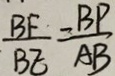
\frac { B F } { B E } = \frac { B P } { A B }